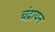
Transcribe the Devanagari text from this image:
चंद्रायन